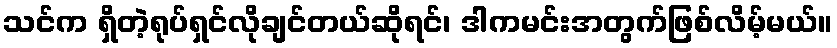
သင်က ရှိတဲ့ရုပ်ရှင်လိုချင်တယ်ဆိုရင်၊ ဒါကမင်းအတွက်ဖြစ်လိမ့်မယ်။